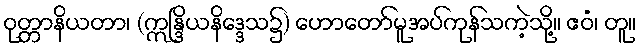
ဝုတ္တာနိယတာ၊ (ဣန္ဒြိယနိဒ္ဒေသ၌) ဟောတော်မူအပ်ကုန်သကဲ့သို့။ ဧဝံ၊ တူ။